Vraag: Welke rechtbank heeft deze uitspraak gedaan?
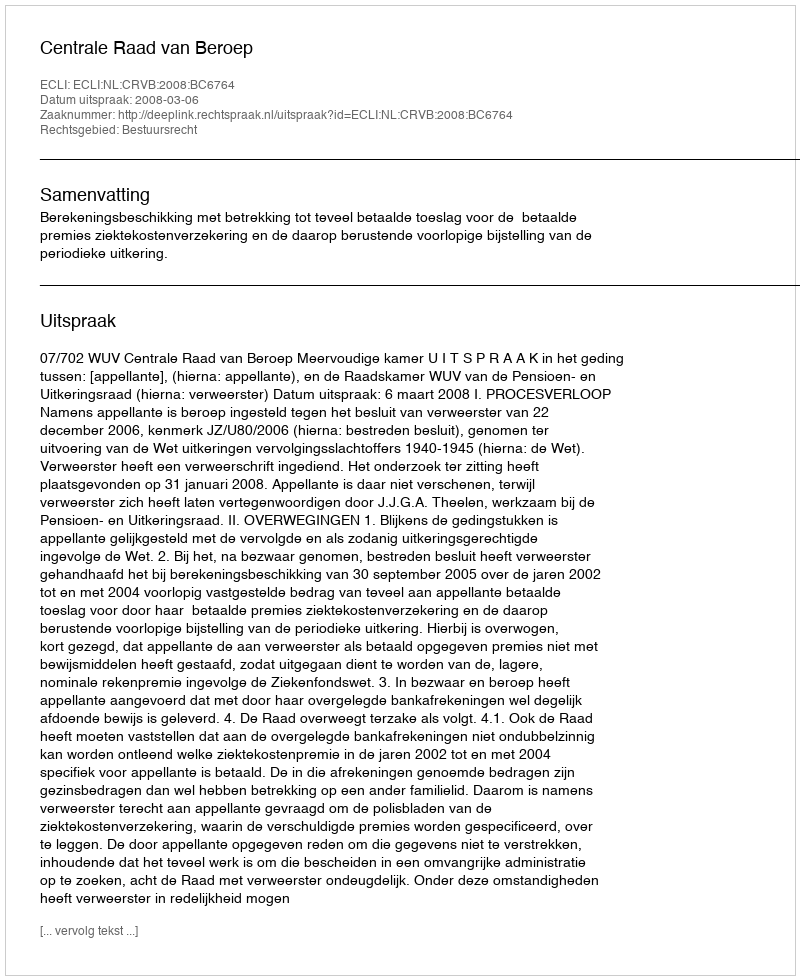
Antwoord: Centrale Raad van Beroep